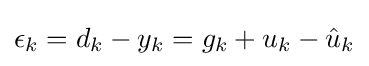
\epsilon _{k}=d_{k}-y_{k}=g_{k}+u_{k}-{\hat {u}}_{k}